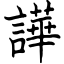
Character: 譁